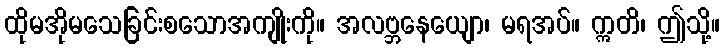
ထိုမအိုမသေခြင်းစသောအကျိုးကို။ အလဗ္ဘနေယျော၊ မရအပ်။ ဣတိ၊ ဤသို့။